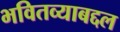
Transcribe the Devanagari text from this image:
भवितव्याबद्दल